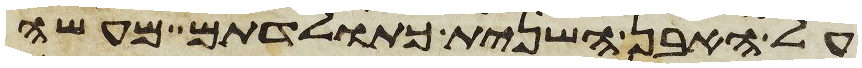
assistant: על האבן השנית כתולדתם מעשה